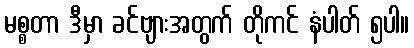
မစ္စတာ ဒီမှာ ခင်ဗျားအတွက် တိုကင် နံပါတ် ၅ပါ။